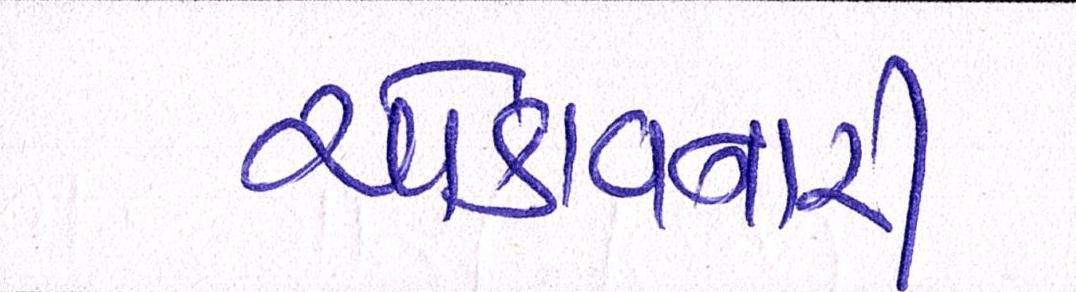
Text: ચોંકાવનારી